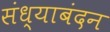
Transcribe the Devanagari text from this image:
संध्याबंदन